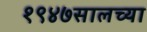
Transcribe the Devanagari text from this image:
१९४७सालच्या